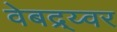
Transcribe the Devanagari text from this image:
वेबद्र्य्वर